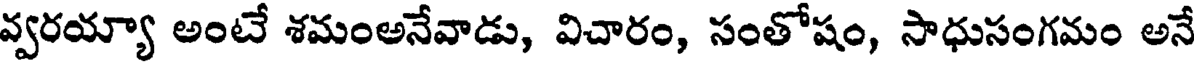
వ్వరయ్యా అంటే శమంఅనేవాడు, విచారం, సంతోషం, సాధుసంగమం అనే